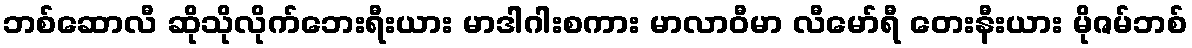
ဘစ်ဆောလီ ဆိုသိုလိုက်ဘေးရီးယား မာဒါဂါးစကား မာလာဝီမာ လီမော်ရီ တေးနီးယား မိုဇမ်ဘစ်